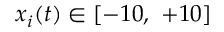
x _ { i } ( t ) \in [ - 1 0 , ~ + 1 0 ]